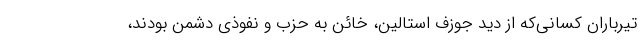
تیرباران کسانی‌که از دید جوزف استالین، خائن به حزب و نفوذی دشمن بودند،